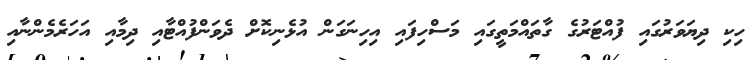
ހިކި ދިޔަވަރުގައި ފުއްޓަރުގެ ގާތައްމަތީގައި މަސްހިފައި އިހިނަގަން އުޅެނިކޮށް ދެވަންފުއްޓާއި ދިމާއި އަހަރެމެންނާއި